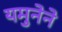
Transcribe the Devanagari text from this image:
यमुनेने